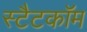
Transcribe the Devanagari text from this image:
स्टैटकॉम